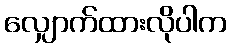
လျှောက်ထားလိုပါက